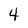
Character: 4